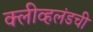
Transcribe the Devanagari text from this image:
क्लीव्हलंडची